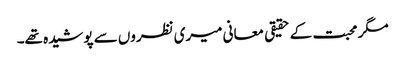
مگر محبت کے حقیقی معانی میری نظروں سے پوشیدہ تھے۔